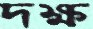
দক্ষ